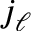
j _ { \ell }